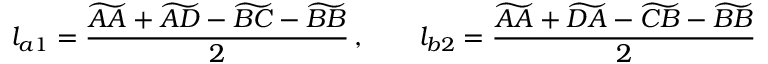
l _ { a 1 } = \frac { \widetilde { A A } + \widetilde { A D } - \widetilde { B C } - \widetilde { B B } } { 2 } \, , \qquad l _ { b 2 } = \frac { \widetilde { A A } + \widetilde { D A } - \widetilde { C B } - \widetilde { B B } } { 2 }